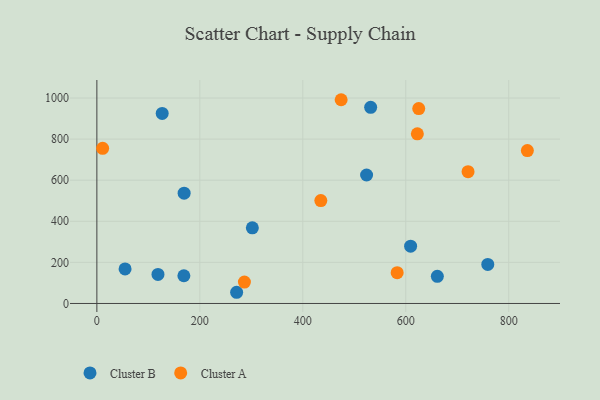
{"axis": {"x": "Ad Spend", "y": "Demand"}, "legend": ["Cluster A", "Cluster B"], "data": [{"x": "759.3", "y": 190.0, "type": "Cluster B"}, {"x": "169.5", "y": 536.8, "type": "Cluster B"}, {"x": "126.9", "y": 925.0, "type": "Cluster B"}, {"x": "169.0", "y": 134.9, "type": "Cluster B"}, {"x": "118.7", "y": 141.2, "type": "Cluster B"}, {"x": "531.8", "y": 954.9, "type": "Cluster B"}, {"x": "54.8", "y": 168.1, "type": "Cluster B"}, {"x": "523.9", "y": 625.3, "type": "Cluster B"}, {"x": "302.0", "y": 368.3, "type": "Cluster B"}, {"x": "271.5", "y": 54.5, "type": "Cluster B"}, {"x": "609.4", "y": 278.8, "type": "Cluster B"}, {"x": "661.3", "y": 132.2, "type": "Cluster B"}, {"x": "836.2", "y": 744.4, "type": "Cluster A"}, {"x": "474.5", "y": 991.7, "type": "Cluster A"}, {"x": "11.2", "y": 755.2, "type": "Cluster A"}, {"x": "286.6", "y": 104.2, "type": "Cluster A"}, {"x": "721.0", "y": 641.3, "type": "Cluster A"}, {"x": "625.2", "y": 948.5, "type": "Cluster A"}, {"x": "583.3", "y": 149.8, "type": "Cluster A"}, {"x": "622.5", "y": 825.5, "type": "Cluster A"}, {"x": "435.0", "y": 501.0, "type": "Cluster A"}]}